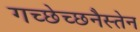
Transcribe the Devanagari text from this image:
गच्छेच्छनैस्तेन